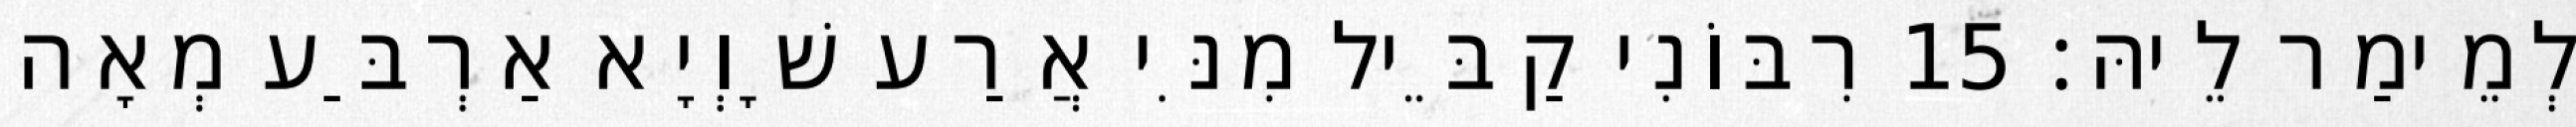
לְמֵימַר לֵיהּ׃ 15 רִבּוֹנִי קַבֵּיל מִנִּי אֲרַע שָׁוְיָא אַרְבַּע מְאָה